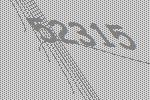
52315